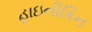
હાઇનીકિન